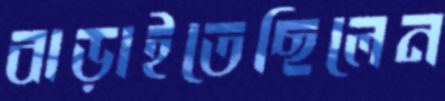
বাড়াইতেছিলেন